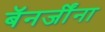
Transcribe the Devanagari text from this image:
बॅनर्जींना